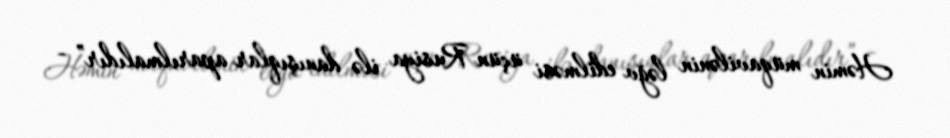
Həmin müqavilənin ləğv edilməsi üçün Rusiya ilə danışıqlar aparılmalıdır” -